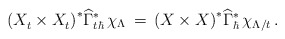
\begin{align*}\left(X^{}_t \times X^{}_t\right)^*\!\widehat\Gamma_{t\hbar}^*\,\chi_\Lambda \,=\,\left(X\times X\right)^*\!\widehat\Gamma_\hbar^*\,\chi_{\Lambda/t}\,.\end{align*}